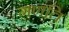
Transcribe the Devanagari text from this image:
गणति